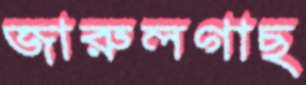
জারুলগাছ